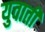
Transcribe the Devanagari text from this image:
युवाती